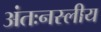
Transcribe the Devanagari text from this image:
अंतःनस्लीय